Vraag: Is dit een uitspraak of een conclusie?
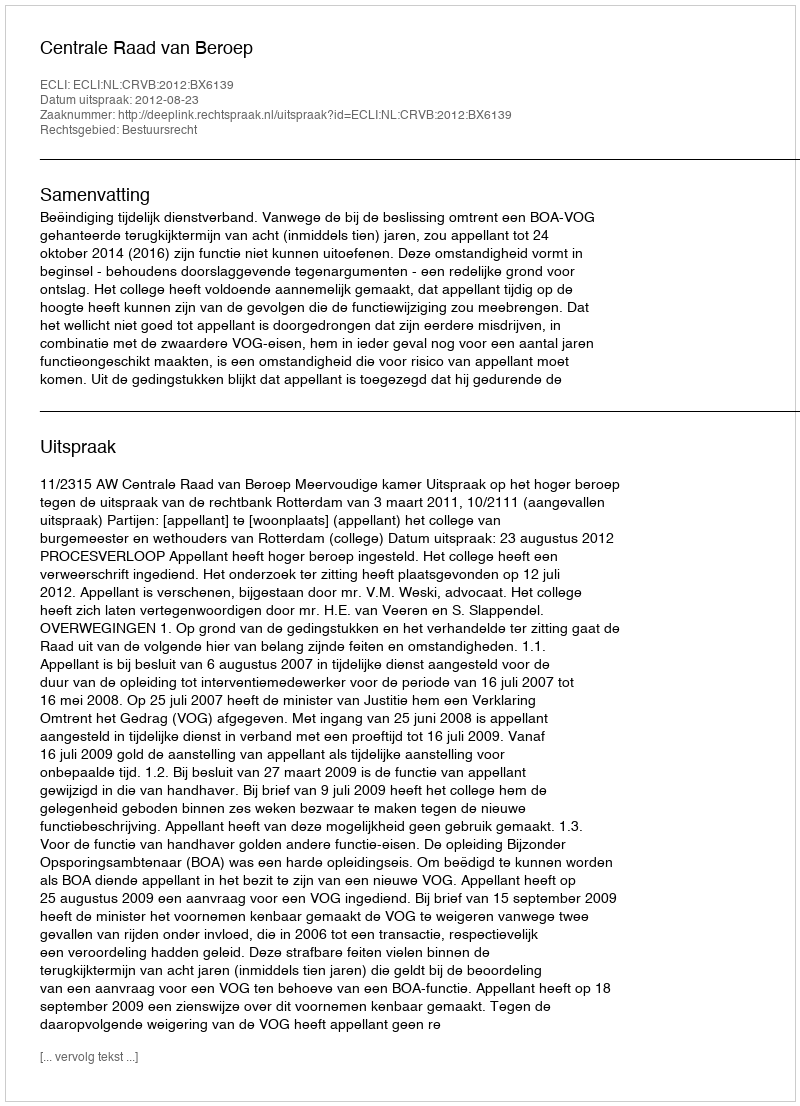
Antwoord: Uitspraak